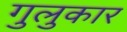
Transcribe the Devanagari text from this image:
गुलुकार